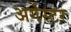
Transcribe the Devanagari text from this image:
अर्गेस्टर